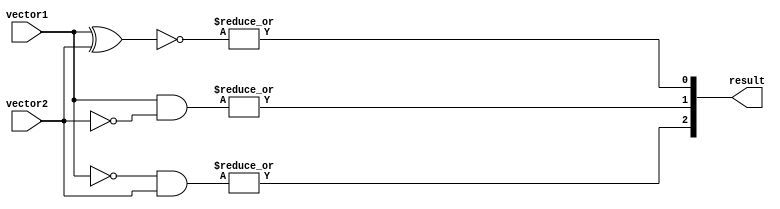
module comparator(
    input [63:0] vector1,
    input [63:0] vector2,
    output [2:0] result
);

wire [63:0] equal_result;
wire [63:0] greater_result;
wire [63:0] less_result;

assign equal_result = ~(vector1 ^ vector2);
assign greater_result = vector1 & ~vector2;
assign less_result = ~vector1 & vector2;

assign result[0] = |equal_result;
assign result[1] = |greater_result;
assign result[2] = |less_result;

endmodule